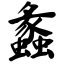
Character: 蠡